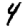
Digit: 4